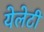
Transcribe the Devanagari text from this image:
येलेटी